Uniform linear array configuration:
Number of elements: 24
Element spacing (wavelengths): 0.5
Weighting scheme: hamming
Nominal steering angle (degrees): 45
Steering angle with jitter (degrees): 46.752
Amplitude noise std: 0.05
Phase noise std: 0.05

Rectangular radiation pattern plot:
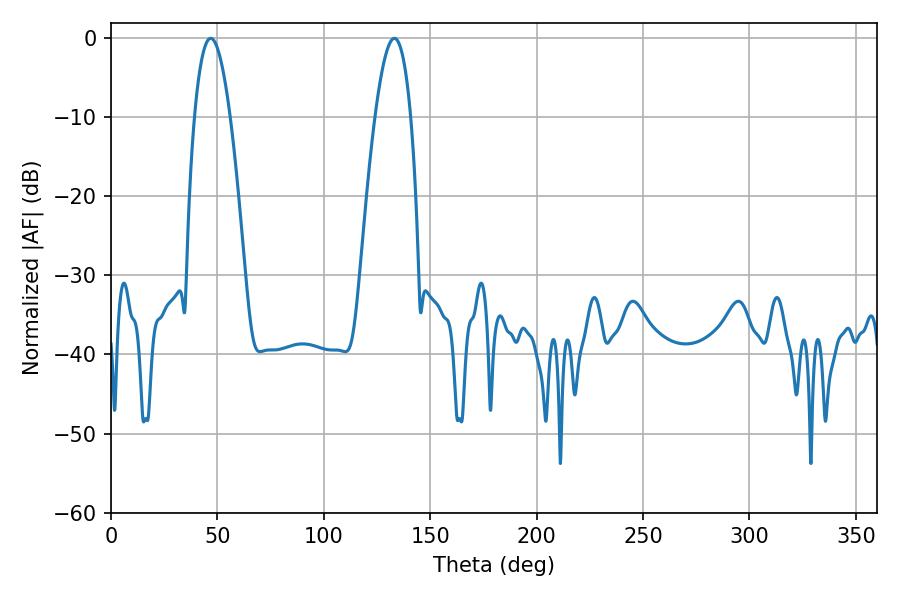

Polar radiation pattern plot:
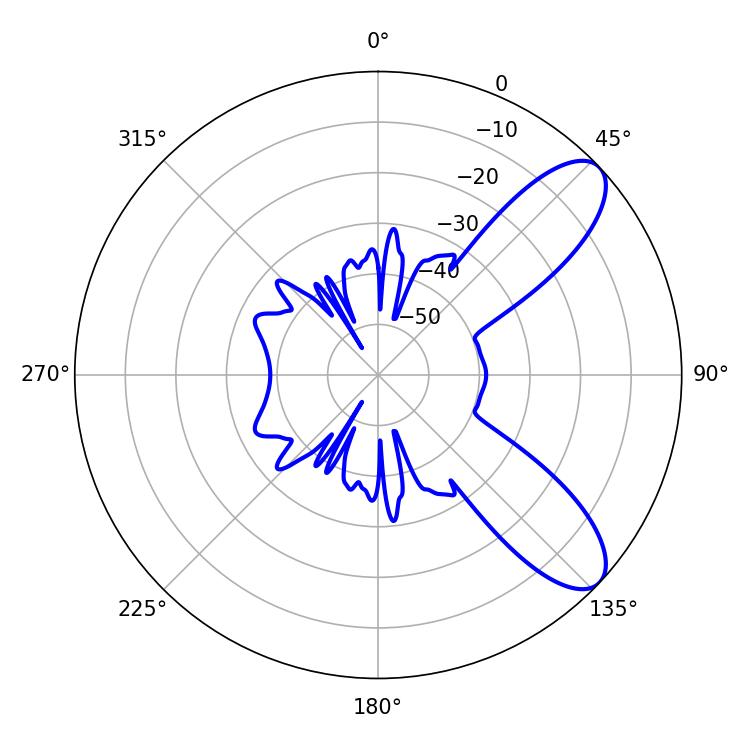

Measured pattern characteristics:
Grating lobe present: FALSE
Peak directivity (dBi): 8.966
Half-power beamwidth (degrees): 9.18
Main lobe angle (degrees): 46.8